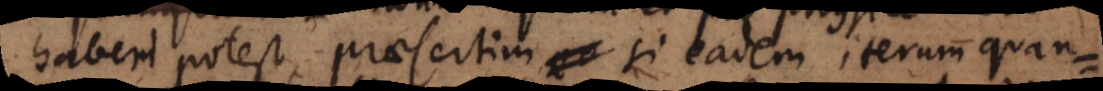
haberi potest, praesertim si eadem iterum quan